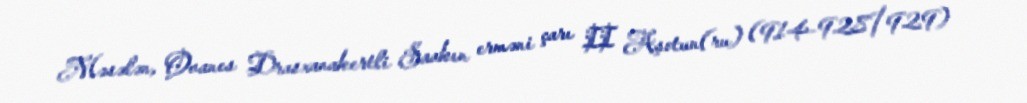
Məsələn, Ovanes Drasxanakertli Saakın erməni çarı II Aşotun(ru) (914–928/929)